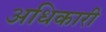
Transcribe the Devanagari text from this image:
अधिकारी